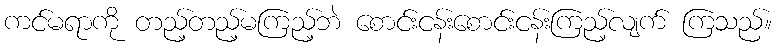
ကင်မရာကို တည့်တည့်မကြည့်ဘဲ စောင်းငန်းစောင်းငန်းကြည့်လျက် ကြသည်။